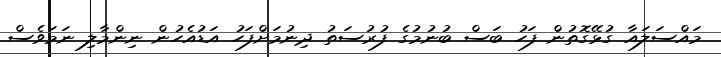
މައްސަލައާ ގުޅޭގޮތުން ފަހު ބަސް ބުނުމުގެ ފުރުސަތު ދިނުމަށްފަހު އަޑުއެހުން ނިންމާލި ނަމަވެސް